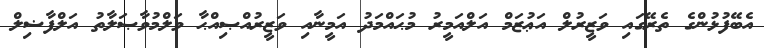
އެބޭފުޅުންގެ ތެރޭގައި ވަޒީރުލް އަޢުޒަމް އަލްއަމީރު މުޙައްމަދު އަމީނާއި ވަޒީރުއްޞިއްޙާ ވަލްމުވާޞަލާތު އަލްފާޟިލް